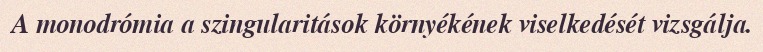
A monodrómia a szingularitások környékének viselkedését vizsgálja.